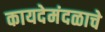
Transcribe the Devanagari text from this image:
कायदेमंदळाचे